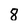
Character: 8